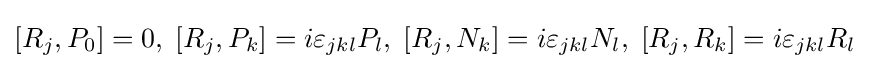
[R_{j},P_{0}]=0,\;[R_{j},P_{k}]=i\varepsilon _{jkl}P_{l},\;[R_{j},N_{k}]=i\varepsilon _{jkl}N_{l},\;[R_{j},R_{k}]=i\varepsilon _{jkl}R_{l}